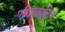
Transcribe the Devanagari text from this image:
एग्ज़िक्यूटिव